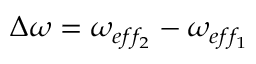
\Delta \omega = \omega _ { e f f _ { 2 } } - \omega _ { e f f _ { 1 } }